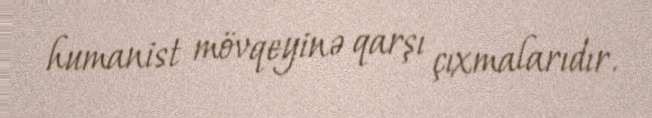
humanist mövqeyinə qarşı çıxmalarıdır.